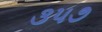
૩૫૭